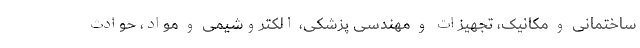
ساختمانی و مکانیک، تجهیزات و مهندسی پزشکی، الکتروشیمی و مواد، حوادث